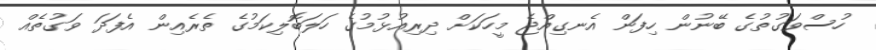
ހުސްވަގުތުގެ ބޭނުން ހިފަން އެނގިއްޖެ މީހަކަށް ދިރިއުޅުމުގެ ހަލަބޮލިކަމުގެ ތެރެއިން އެފަދަ ވަގުތެއް